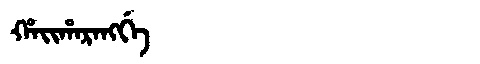
Manchu: ᡥᠠᡳᡥᠠᡵᠠᠩᡤᡝ
Romanization: HAIHARANGGE